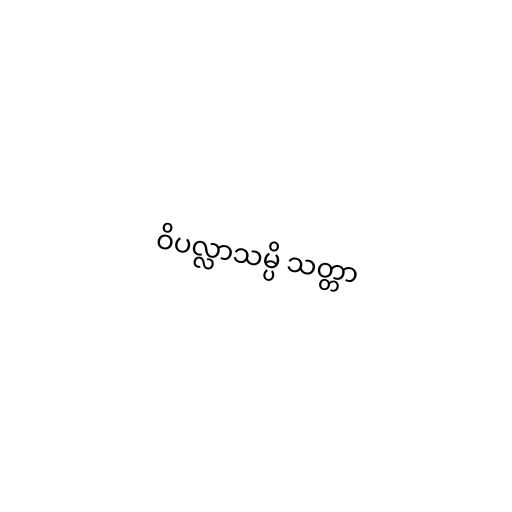
ဝိပလ္လာသမ္ပိ သတ္တာ